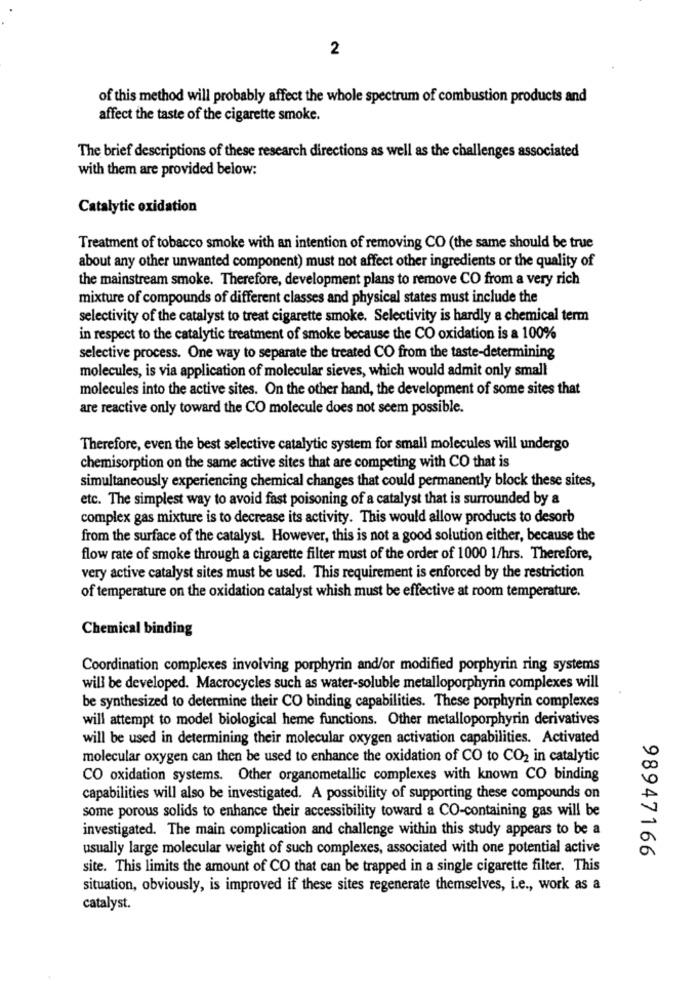
2
of this method will probably affect the whole spectrum of combustion products and
affect the taste of the cigarette smoke.
The brief descriptions of these research directions as well as the challenges associated
with them are provided below:
Catalytic oxidation
Treatment of tobacco smoke with an intention of removing CO (the same should be true
about any other unwanted component) must not affect other ingredients or the quality of
the mainstream smoke. Therefore, development plans to remove CO from a very rich
mixture of compounds of different classes and physical states must include the
selectivity of the catalyst to treat cigarette smoke. Selectivity is hardly a chemical term
in respect to the catalytic treatment of smoke because the CO oxidation is a 100%
selective process. One way to separate the treated CO from the taste-determining
molecules, is via application of molecular sieves, which would admit only small
molecules into the active sites. On the other hand, the development of some sites that
are reactive only toward the CO molecule does not seem possible.
Therefore, even the best selective catalytic system for small molecules will undergo
chemisorption on the same active sites that are competing with CO that is
simultaneously experiencing chemical changes that could permanently block these sites,
etc. The simplest way to avoid fast poisoning of a catalyst that is surrounded by a
complex gas mixture is to decrease its activity. This would allow products to desorb
from the surface of the catalyst. However, this is not a good solution either, because the
flow rate of smoke through a cigarette filter must of the order of 1000 1/hrs. Therefore,
very active catalyst sites must be used. This requirement is enforced by the restriction
of temperature on the oxidation catalyst whish must be effective at room temperature.
Chemical binding
Coordination complexes involving porphyrin and/or modified porphyrin ring systems
will be developed. Macrocycles such as water-soluble metalloporphyrin complexes will
be synthesized to determine their CO binding capabilities. These porphyrin complexes
will attempt to model biological heme functions. Other metalloporphyrin derivatives
will be used in determining their molecular oxygen activation capabilities. Activated
molecular oxygen can then be used to enhance the oxidation of CO to CO2 in catalytic
CO oxidation systems. Other organometallic complexes with known CO binding
capabilities will also be investigated. A possibility of supporting these compounds on
some porous solids to enhance their accessibility toward a CO-containing gas will be
investigated. The main complication and challenge within this study appears to be a
usually large molecular weight of such complexes, associated with one potential active
98947166
site. This limits the amount of CO that can be trapped in a single cigarette filter. This
situation, obviously, is improved if these sites regenerate themselves, i.e ., work as a
catalyst.